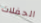
الحفلات